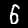
Digit: 5